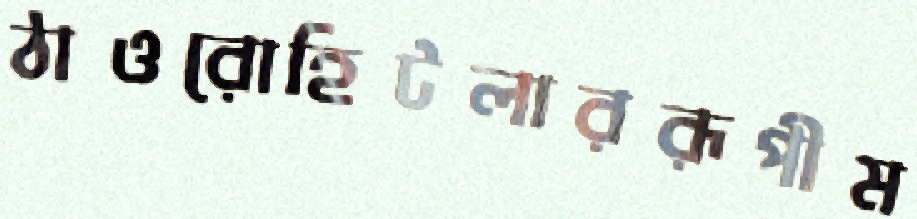
ঠাওরোহিটলাররূপীম